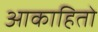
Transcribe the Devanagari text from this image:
आकाहितो